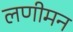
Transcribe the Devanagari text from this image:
लणीमन